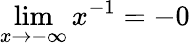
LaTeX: \operatorname*{lim}_{x\to-\infty}{x^{-1}}=-0